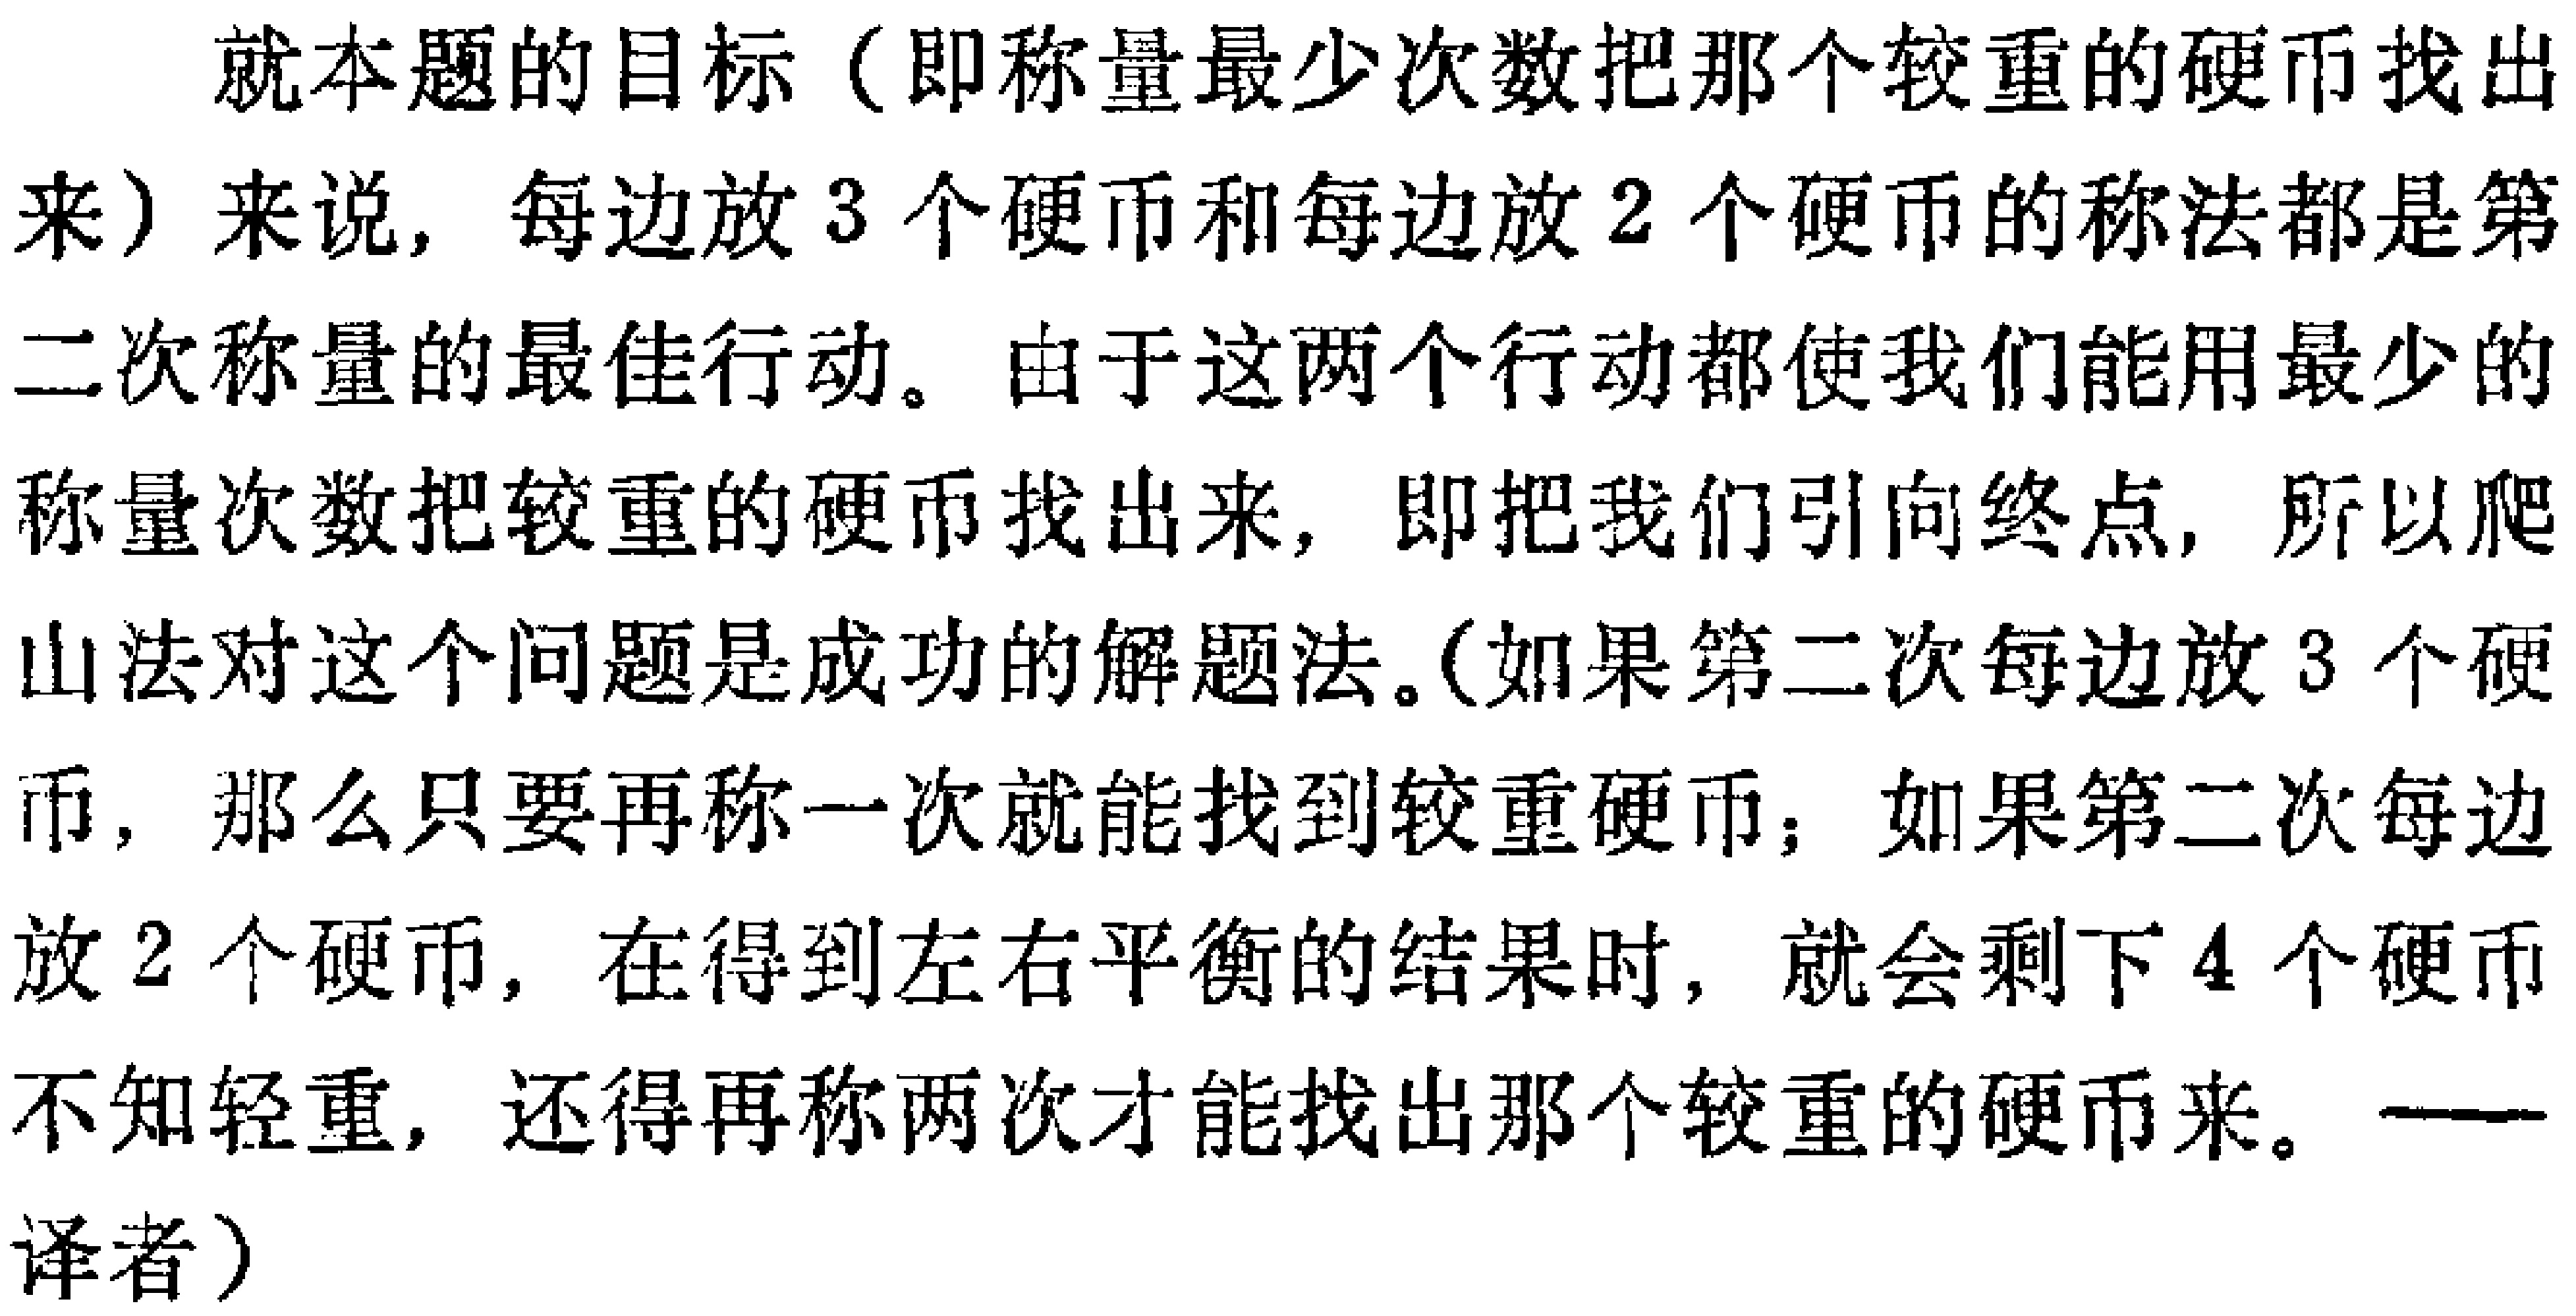
就本题的目标（即称量最少次数把那个较重的硬币找出来）来说，每边放3个硬币和每边放2个硬币的称法都是第二次称量的最佳行动。由于这两个行动都使我们能用最少的称量次数把较重的硬币找出来，即把我们引向终点，所以爬山法对这个问题是成功的解题法。（如果第二次每边放3个硬币，那么只要再称一次就能找到较重硬币；如果第二次每边放2个硬币，在得到左右平衡的结果时，就会剩下4个硬币不知轻重，还得再称两次才能找出那个较重的硬币来。——译者）